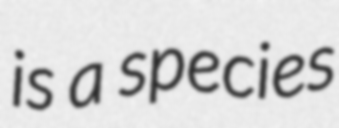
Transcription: is a species